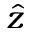
\hat { z }